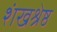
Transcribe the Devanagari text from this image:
शंखश्रेष्ठ